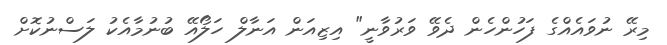
މިރޭ ނުވައެއްގެ ފަހުންހެން ދެވޭ ވަރުވާނީ" އިޒިއަން އަނާލް ހަލޯއޭ ބުނުމާއެކު ލަސްނުކޮށް